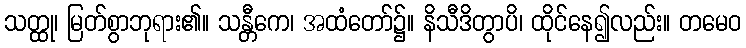
သတ္ထု၊ မြတ်စွာဘုရား၏။ သန္တီကေ၊ အထံတော်၌။ နိသီဒိတွာပိ၊ ထိုင်နေ၍လည်း။ တမေဝ